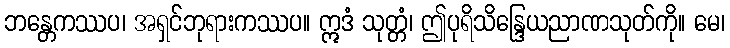
ဘန္တေကဿပ၊ အရှင်ဘုရားကဿပ။ ဣဒံ သုတ္တံ၊ ဤပုရိသိန္ဒြေယညာဏသုတ်ကို။ မေ၊